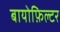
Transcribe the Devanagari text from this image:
बायोफ़िल्टर